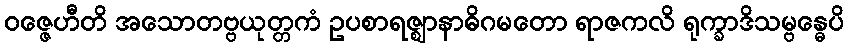
ဝဇ္ဇေဟီတိ အသောတဗ္ဗယုတ္တကံ ဥပစာရဇ္ဈာနာဓိဂမတော ရာဇကလိ ရုက္ခာဒိသမ္ဗန္ဓေပိ